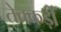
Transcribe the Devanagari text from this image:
तेक्कड़ी